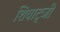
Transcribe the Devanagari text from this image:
शियाट्जी